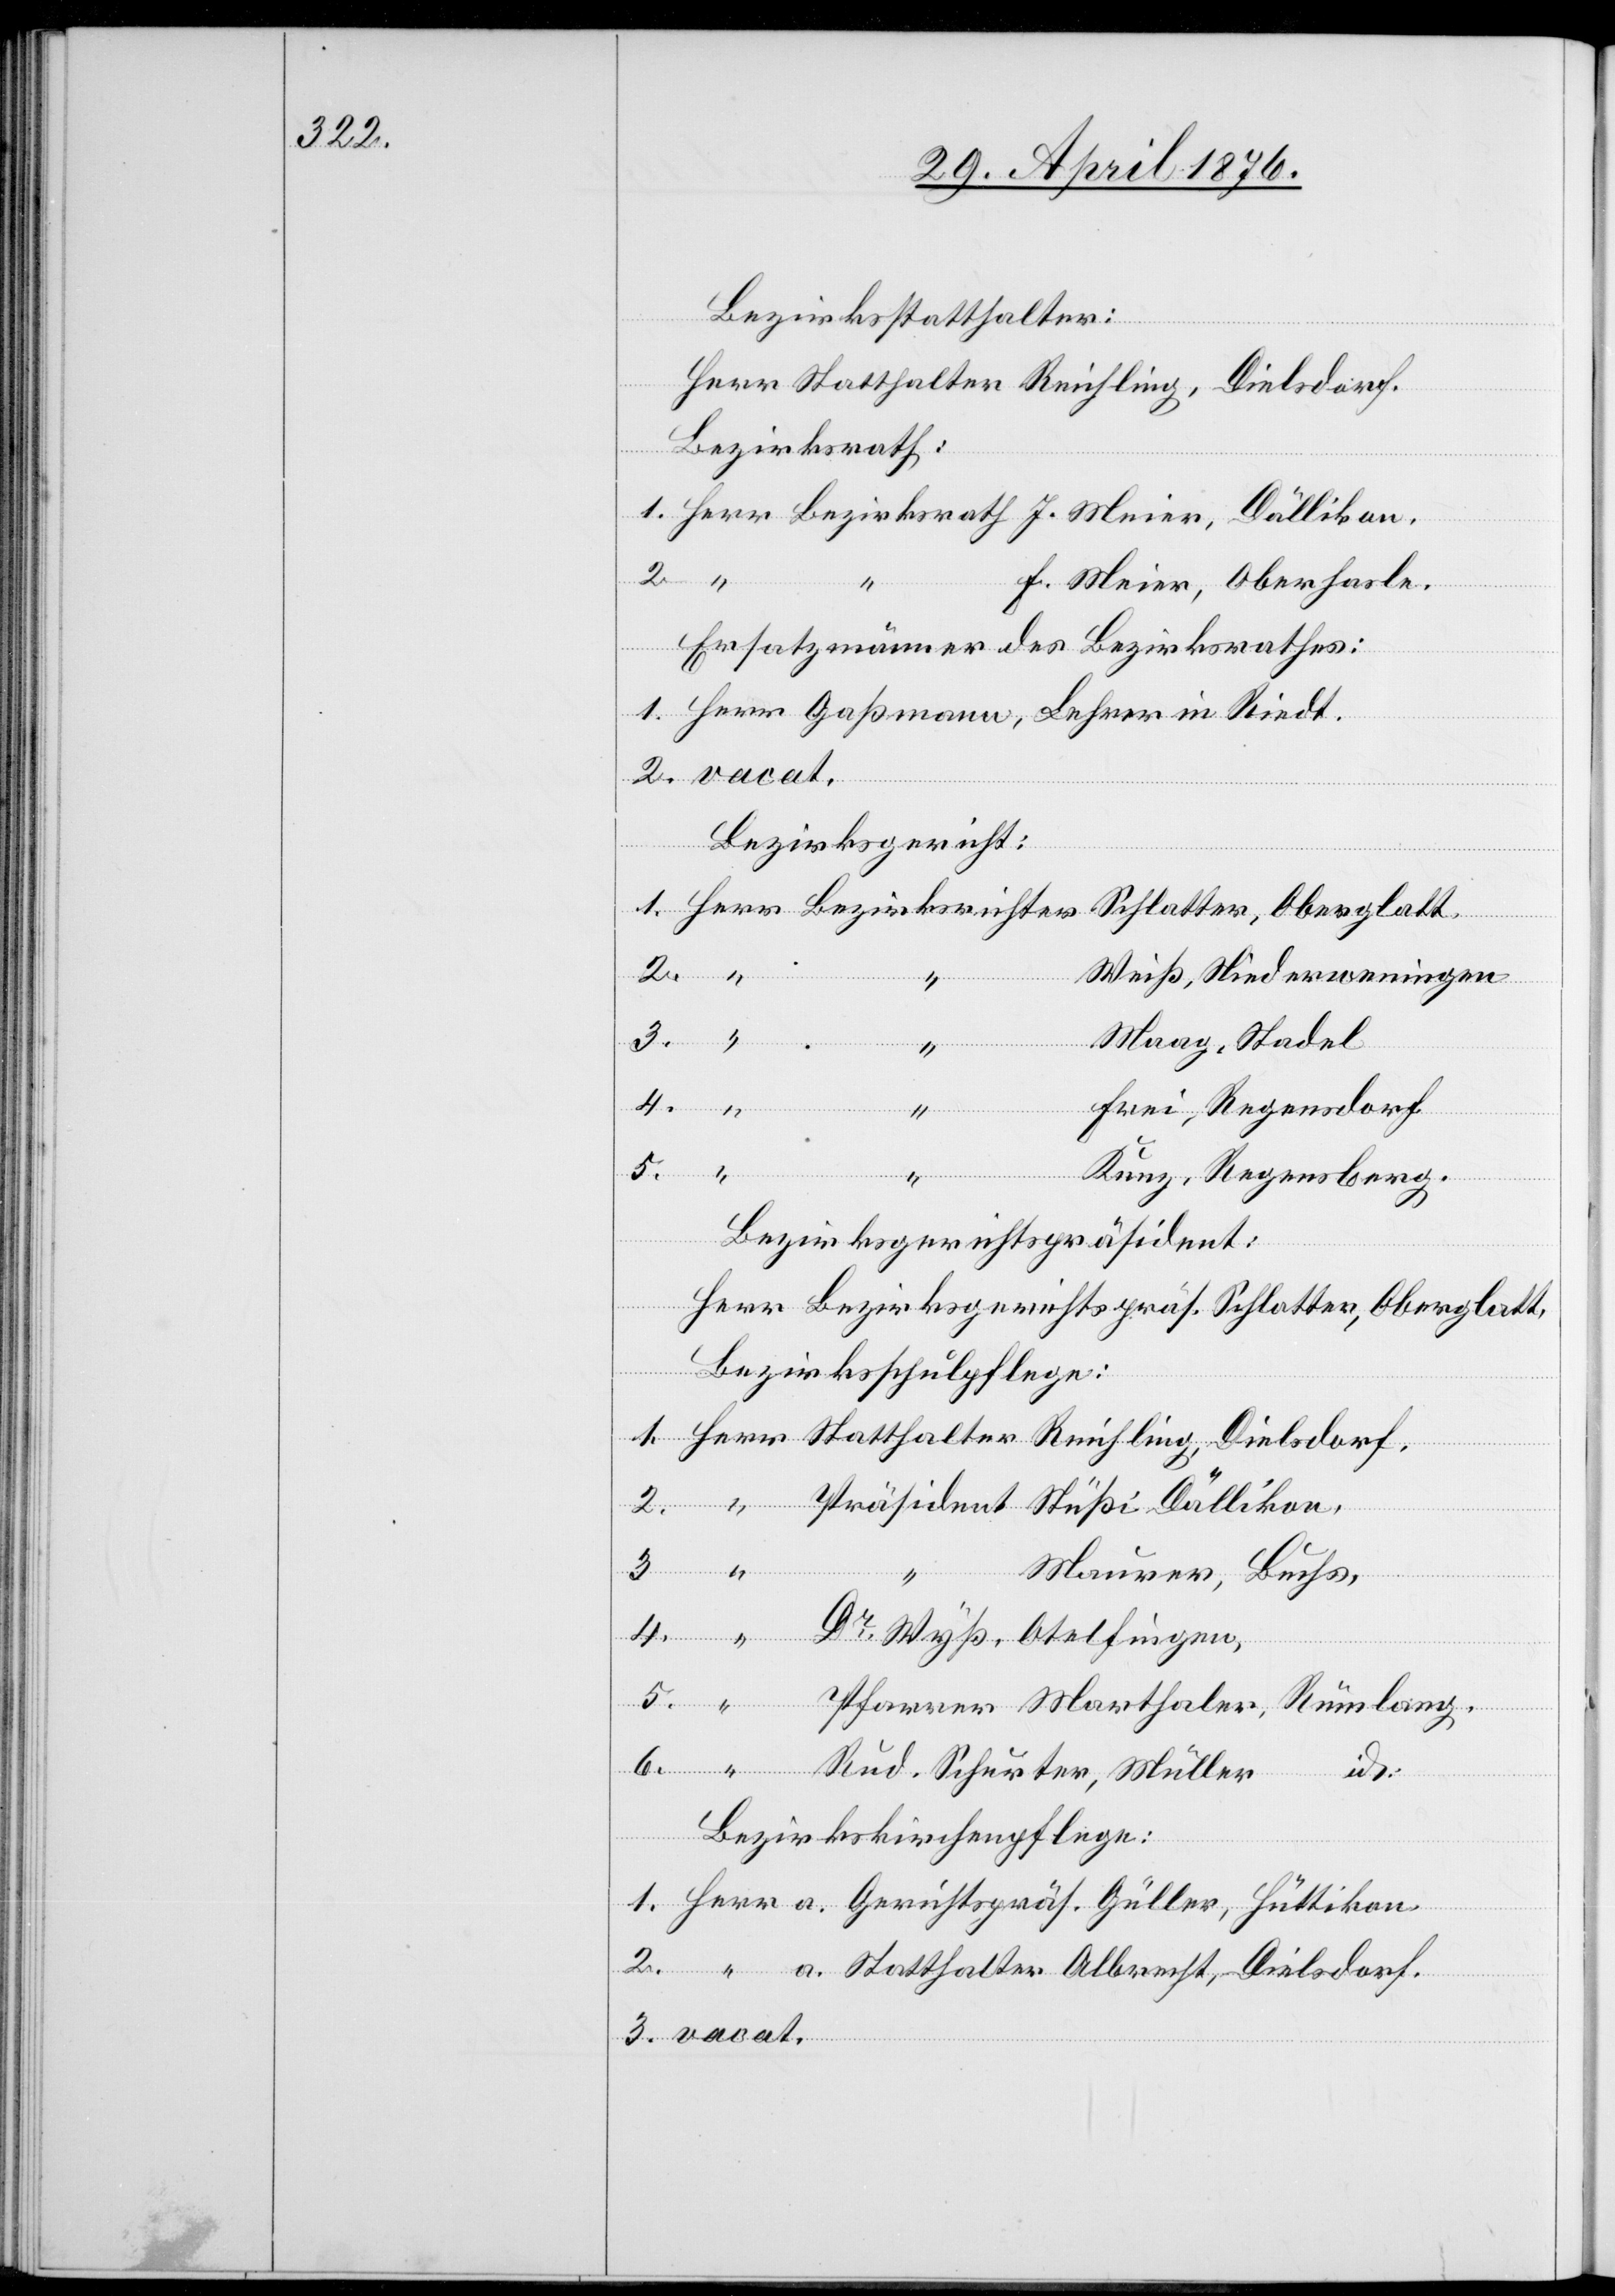
Bezirksstatthalter:
Herrn Statthalter Reichling, Dielsdorf.
Bezirksrath
F. Meier, Oberhasle.
Ersatzmänner des Bezirksrathes:
3.
in
Bezirksricht¬
Weiß, Niederweningen
Maag, Stadel
4.
Frei, Regensdorf
f.
3.
Marthaler, Rümlang.
5.
Kunz, Regensberg.
Bezirksgerichtspräsident:
Herr Bezirksgerichtspräs. Schlatter, Oberglatt.
Bezirksschulpflege:
at.
Maurer, Buchs,
Rud. Schurter, Müller id.
sdor¬
Bezirkskirchenpflege: